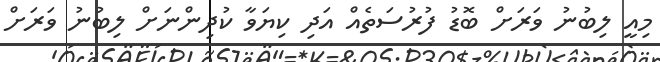
މިއީ ލިބުނު ވަރަށް ބޮޑު ފުރުސަތެއް އަދި ކިޔަވާ ކުދިންނަށް ލިބުނު ވަރަށް